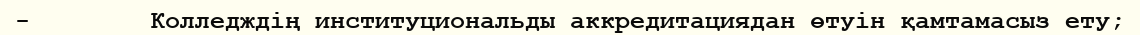
-        Колледждің институциональды аккредитациядан өтуін қамтамасыз ету;